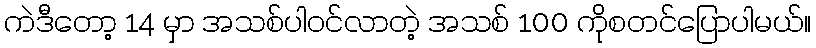
ကဲဒီတော့ 14 မှာ အသစ်ပါဝင်လာတဲ့ အသစ် 100 ကိုစတင်ပြောပါမယ်။